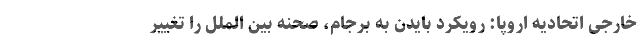
خارجی اتحادیه اروپا: رویکرد بایدن به برجام، صحنه بین الملل را تغییر